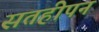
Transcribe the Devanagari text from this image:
सतहीपन